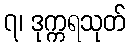
၇၊ ဒုက္ကရသုတ်